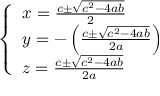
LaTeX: \left\{ \begin{array} { l l } { x = { \frac { c \pm { \sqrt { c ^ { 2 } - 4 a b } } } { 2 } } } \\ { y = - \left( { \frac { c \pm { \sqrt { c ^ { 2 } - 4 a b } } } { 2 a } } \right) } \\ { z = { \frac { c \pm { \sqrt { c ^ { 2 } - 4 a b } } } { 2 a } } } \end{array} \right.